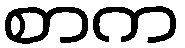
စာက